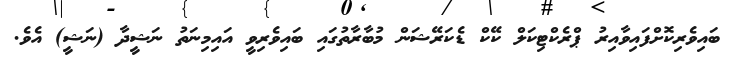
ބައިވެރިކޮށްފައިވާއިރު ޕްރެކްޓިކަލް ކޭކް ޑެކަރޭޝަން މުބާރާތުގައި ބައިވެރިވީ އައިމިނަތު ނަޝީދާ (ނަޝީ) އެވެ.